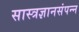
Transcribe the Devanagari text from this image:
सास्त्रज्ञानसंपन्न